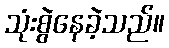
သုံးစွဲနေခဲ့သည်။